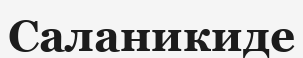
Саланикиде